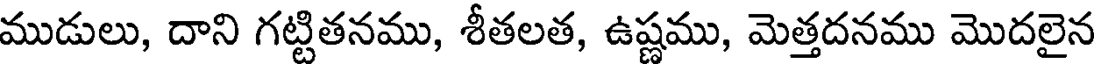
ముడులు, దాని గట్టితనము, శీతలత, ఉష్ణము, మెత్తదనము మొదలైన